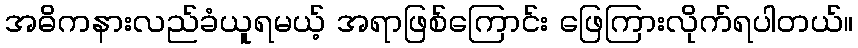
အဓိကနားလည်ခံယူရမယ့် အရာဖြစ်ကြောင်း ဖြေကြားလိုက်ရပါတယ်။